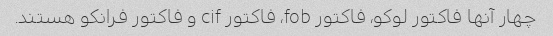
چهار آنها فاکتور لوکو، فاکتور fob، فاکتور cif و فاکتور فرانکو هستند.